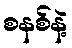
စနစ်နဲ့